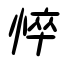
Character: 悴